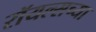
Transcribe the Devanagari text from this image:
रॉयल्सच्या